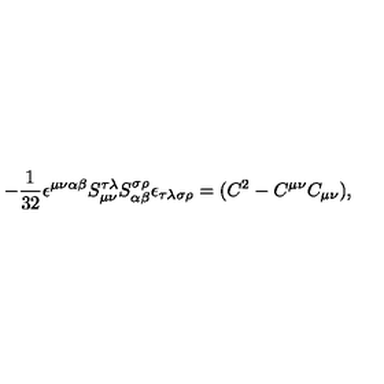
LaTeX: - \frac 1 { 3 2 } \epsilon ^ { \mu \nu \alpha \beta } { } S _ { \mu \nu } ^ { \tau \lambda } { } S _ { \alpha \beta } ^ { \sigma \rho } { } \epsilon _ { \tau \lambda \sigma \rho } = ( C ^ { 2 } - C ^ { \mu \nu } C _ { \mu \nu } ) ,